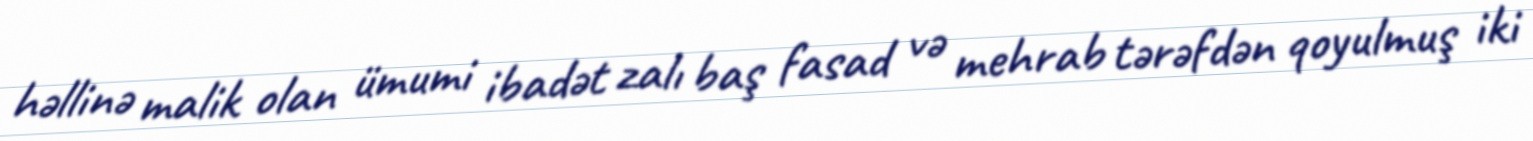
həllinə malik olan ümumi ibadət zalı baş fasad və mehrab tərəfdən qoyulmuş iki